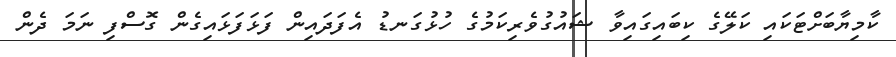
ކާމިޔާބަށްޓަކައި ކަލޭގެ ކިބައިގައިވާ ޝައުގުވެރިކަމުގެ ހުޅުގަނޑު އެފަދައިން ފަޅަފަޅައިގެން ގޮސްފި ނަމަ ދެން